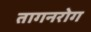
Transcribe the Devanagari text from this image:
तागनरोग